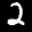
Label: 2